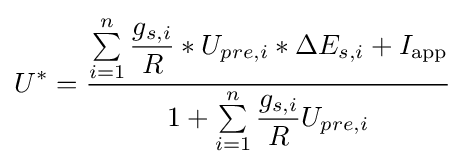
U^{*}={\dfrac {\sum \limits _{i=1}^{n}{\dfrac {g_{s,i}}{R}}*U_{pre,i}*\Delta E_{s,i}+I_{\text{app}}}{1+\sum \limits _{i=1}^{n}{\dfrac {g_{s,i}}{R}}U_{pre,i}}}